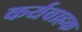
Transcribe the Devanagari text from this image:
कर्यवाहक